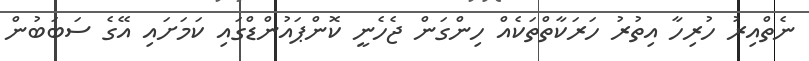
ނެތްއިރު ހުރިހާ އިތުރު ހަރަކާތްތަކެއް ހިންގަން ޖެހެނީ ކޮންޕައުންޑްގައި ކަމަށައި އޭގެ ސަބަބުން